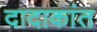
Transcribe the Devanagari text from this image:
दादाकांत